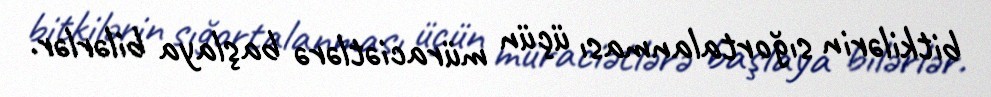
bitkilərin sığortalanması üçün müraciətlərə başlaya bilərlər.